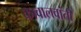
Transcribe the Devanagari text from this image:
कावालवांती